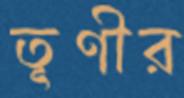
তূণীর